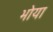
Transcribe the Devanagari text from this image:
भोया